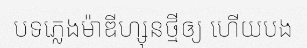
បទភ្លេងម៉ាឌីហ្សុនថ្មីឲ្យ ហើយបង